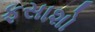
ફસાશો